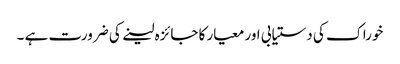
خوراک کی دستیابی اور معیار کا جائزہ لینے کی ضرورت ہے ۔